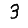
Digit: 3